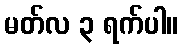
မတ်လ ၃ ရက်ပါ။